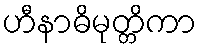
ဟီနာဓိမုတ္တိကာ